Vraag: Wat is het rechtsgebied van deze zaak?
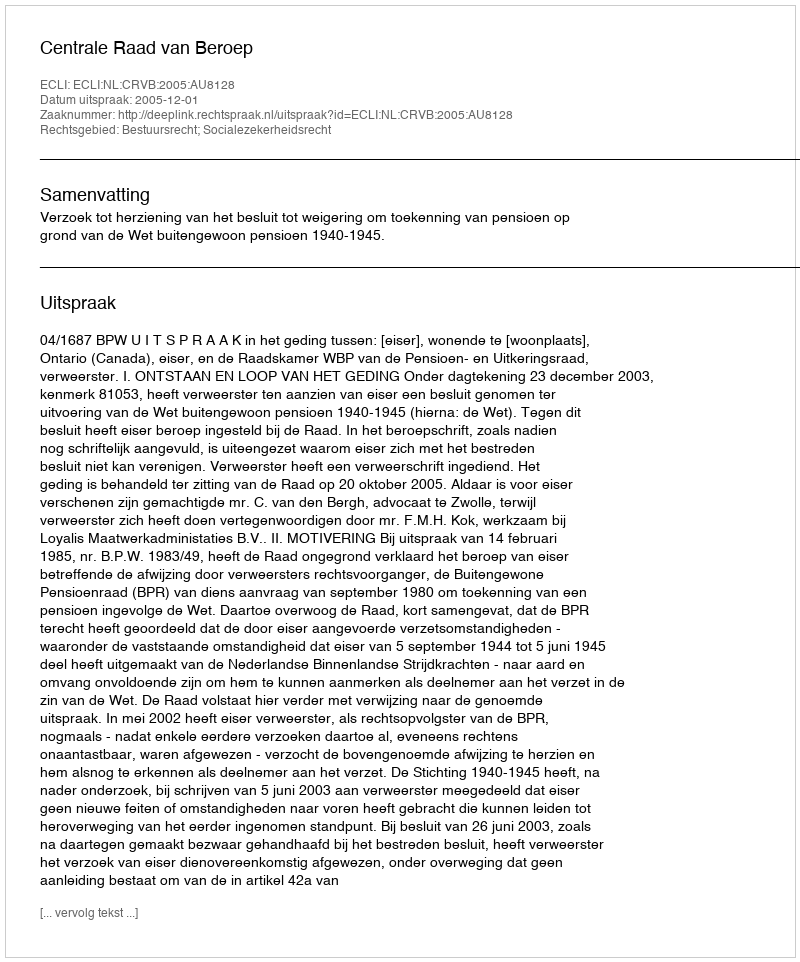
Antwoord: Bestuursrecht; Socialezekerheidsrecht